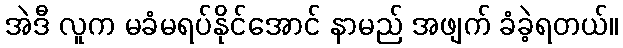
အဲဒီ လူက မခံမရပ်နိုင်အောင် နာမည် အဖျက် ခံခဲ့ရတယ်။